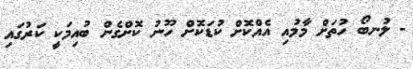
- ލުނބޯ ހުތަށް މާމުއި އެއްކޮށް ކުޑަކޮށް ހޫނު ކޮށްގެން ބުއިމަކީ ކަރުގައި